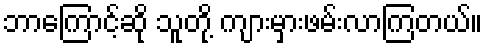
ဘာကြောင့်ဆို သူတို့ ကျားမှားဖမ်းလာကြတယ်။